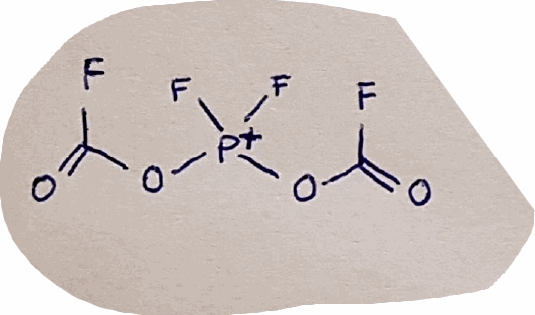
Simplified molecular-input line-entry system (SMILES) notation of the given molecule:
C(=O)(O[P+](OC(=O)F)(F)F)F